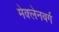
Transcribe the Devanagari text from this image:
मेक्लेनबर्ग